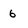
Character: 6